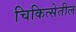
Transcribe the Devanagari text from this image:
चिकित्सेतील